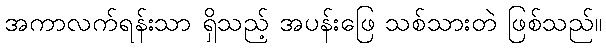
အကာလက်ရန်းသာ ရှိသည့် အပန်းဖြေ သစ်သားတဲ ဖြစ်သည်။